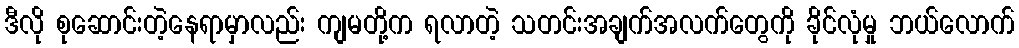
ဒီလို စုဆောင်းတဲ့နေရာမှာလည်း ကျမတို့က ရလာတဲ့ သတင်းအချက်အလက်တွေကို ခိုင်လုံမှု ဘယ်လောက်